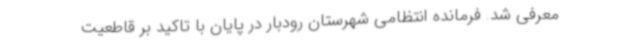
معرفی شد. فرمانده انتظامی شهرستان رودبار در پایان با تاکید بر قاطعیت